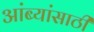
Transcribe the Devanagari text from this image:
आंब्यांसाठी